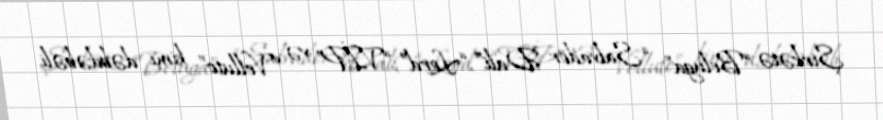
Şirkətə “Beluga”, “Salvador Dali”, “Lord”, “VİP” və “Velluto” kimi dəbdəbəli